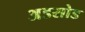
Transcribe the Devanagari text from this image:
अडसोड